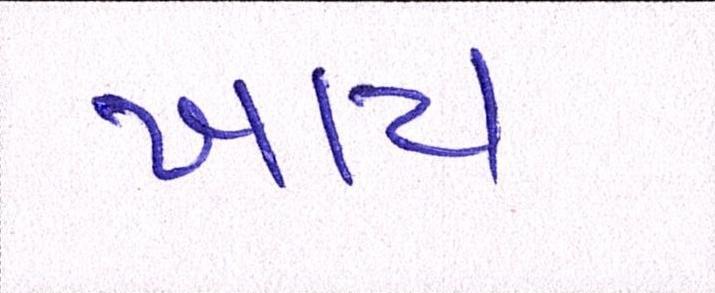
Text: ખાય